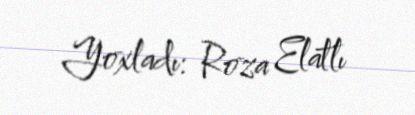
Yoxladı: Roza Elatlı